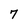
Character: 7